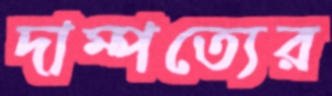
দাম্পত্যের